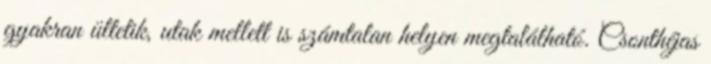
gyakran ültetik, utak mellett is számtalan helyen megtalálható. Csonthéjas